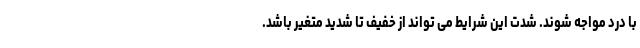
با درد مواجه شوند. شدت این شرایط می تواند از خفیف تا شدید متغیر باشد.